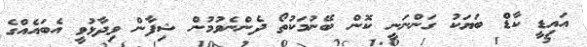
އައިޑީ ކާޑް ބަޔަކު ގަންނަނީ ކޮން ބޭނުމަކުތޯ ދެންނެވުމުން ޝިފާން ވިދާޅުވީ އެބައެއްގެ